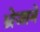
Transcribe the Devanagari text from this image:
भ्रेजाने